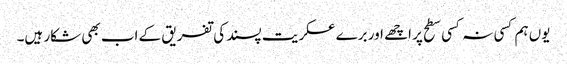
یوں ہم کسی نہ کسی سطح پر اچھے اور برے عسکریت پسند کی تفریق کے اب بھی شکار ہیں۔